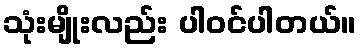
သုံးမျိုးလည်း ပါဝင်ပါတယ်။